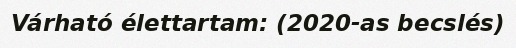
Várható élettartam: (2020-as becslés)